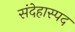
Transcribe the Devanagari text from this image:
संदेहास्‍पद